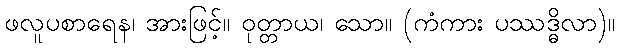
ဖလူပစာရေန၊ အားဖြင့်။ ဝုတ္တာယ၊ သော။ (ကံကား ပဿဒ္ဓိလာ)။